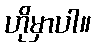
ဟိုမှာပါ။